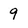
Character: 9